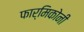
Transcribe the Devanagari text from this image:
फार्मिकोनी